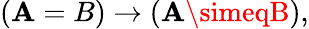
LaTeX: (\mathbf{A}=B)\to(\mathbf{A}\simeqB),